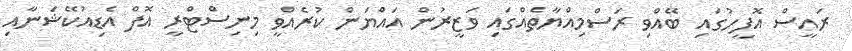
ރައީސް އޮފީހުގައި ބޭއްވި ރަސްމިއްޔާތެއްގައި ވަޒީރުން އައްޔަން ކުރެއްވީ މިނިސްޓްރީ އޮފް އެޑިއުކޭޝަނާއި